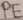
Text: PE